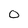
Character: O